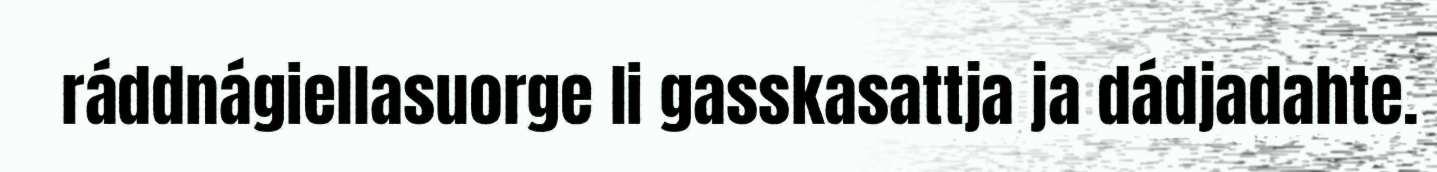
ráddnágiellasuorge li gasskasattja ja dádjadahte.